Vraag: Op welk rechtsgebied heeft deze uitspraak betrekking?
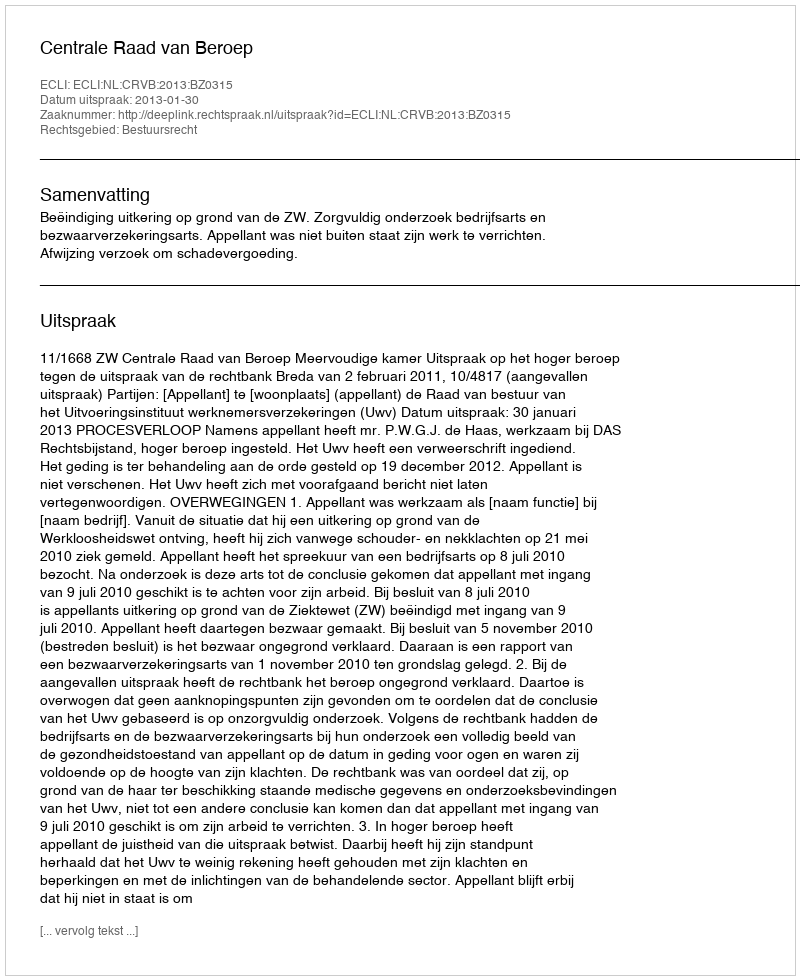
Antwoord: Bestuursrecht